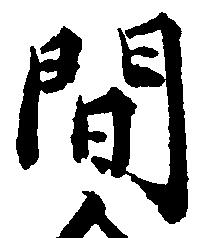
間